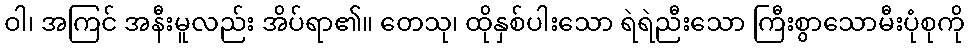
ဝါ၊ အကြင် အနီးမူလည်း အိပ်ရာ၏။ တေသု၊ ထိုနှစ်ပါးသော ရဲရဲညီးသော ကြီးစွာသောမီးပုံစုကို